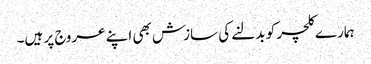
ہمارے کلچر کو بدلنے کی سازش بھی اپنے عروج پر ہیں۔